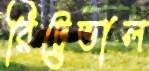
রিট্রেভাল